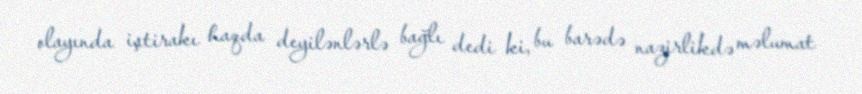
olayında iştirakı haqda deyilənlərlə bağlı dedi ki, bu barədə nazirlikdə məlumat